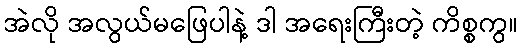
အဲလို အလွယ်မဖြေပါနဲ့ ဒါ အရေးကြီးတဲ့ ကိစ္စကွ။